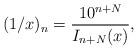
LaTeX: \begin{align*}(1/x)_n = \frac{10^{n+N}}{I_{n+N}(x)},\end{align*}